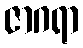
ဇာဂရာ